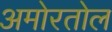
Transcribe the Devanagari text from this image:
अमोरतोल